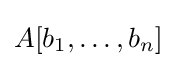
A[b_{1},\ldots ,b_{n}]